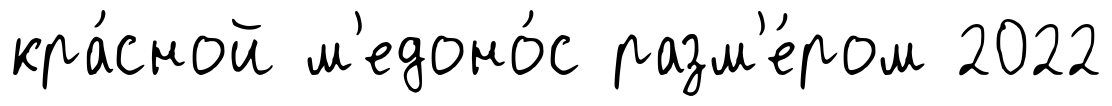
кра́сной м'едоно́с разм'е́ром 2022